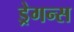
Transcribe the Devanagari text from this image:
ड्रेगन्स